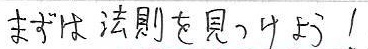
まずは法則を見てみよう！